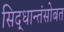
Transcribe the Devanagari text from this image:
सिद्धान्तंसोबत